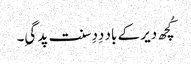
کُچھ دیر کے باد دِدِ سنت پد گیِ۔